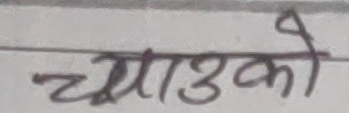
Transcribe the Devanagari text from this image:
च्याउको